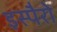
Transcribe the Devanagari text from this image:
इस्पैरो